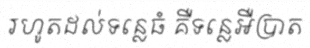
រហូតដល់ទន្លេធំ គឺទន្លេអឺប្រាត